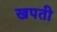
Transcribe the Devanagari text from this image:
खपती